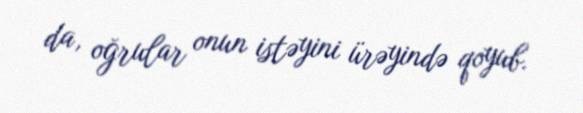
da, oğrular onun istəyini ürəyində qoyub.